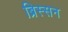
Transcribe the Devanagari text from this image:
ब्रिस्सन